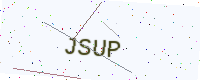
Text: JSUP